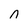
Character: n